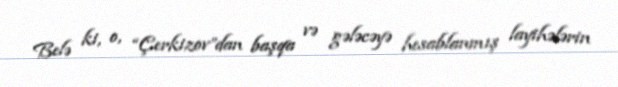
Belə ki, o, “Çerkizov”dan başqa və gələcəyə hesablanmış layihələrin